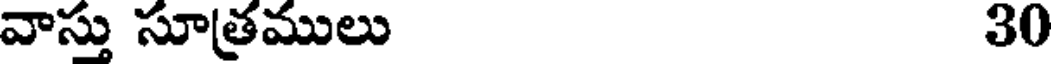
వాస్తు సూత్రములు 30